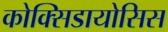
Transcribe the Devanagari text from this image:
कोक्सिडायोसिस